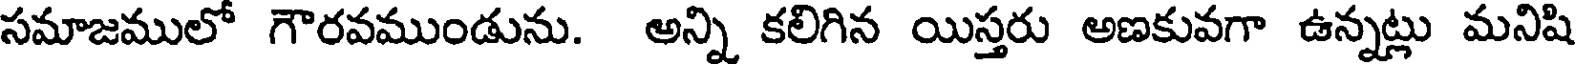
సమాజములో గౌరవముండును. అన్ని కలిగిన యిస్తరు అణకువగా ఉన్నట్లు మనిషి